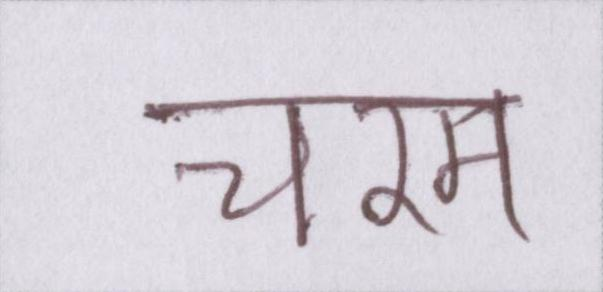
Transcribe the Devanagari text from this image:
चरम